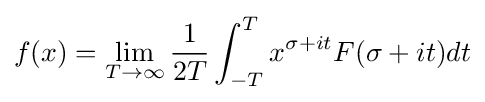
f(x)=\lim _{T\rightarrow \infty }{\frac {1}{2T}}\int _{-T}^{T}x^{\sigma +it}F(\sigma +it)dt